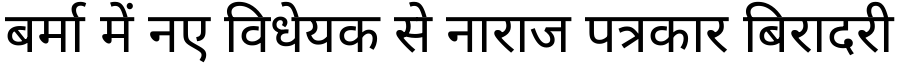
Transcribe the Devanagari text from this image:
बर्मा में नए विधेयक से नाराज पत्रकार बिरादरी